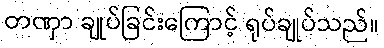
တဏှာ ချုပ်ခြင်းကြောင့် ရုပ်ချုပ်သည်။